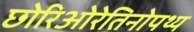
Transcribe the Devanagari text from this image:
छोरिओरेतिनोपथ्य